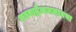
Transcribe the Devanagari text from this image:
अस्माद्वैत्वमजायथा